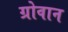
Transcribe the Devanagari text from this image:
ग्रोवान